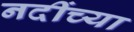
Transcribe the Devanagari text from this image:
नदींच्या